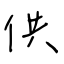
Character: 供